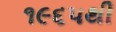
૧૯૬૫થી